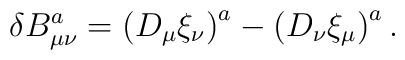
\delta B_{\mu\nu}^a=\bigl(D_\mu\xi_\nu\bigr)^a-\bigl(D_\nu\xi_\mu\bigr)^a\,.